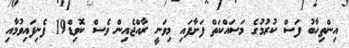
އިންތިހާބު ފަސް ކުރުމުގެ މަސައްކަތް ފަށާފައި މިވަނީ ރާއްޖެއިން ވެސް ކޮވިޑް19 ފެނިފައިވުމާއި